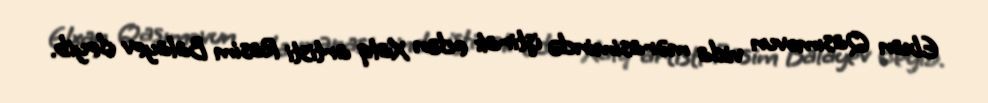
Elxan Qasımovun vida mərasimində iştirak edən Xalq artisti Rasim Balayev deyib.